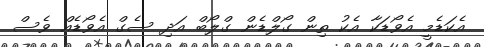
އެކަޑެމީ އެވޯޑަކާ އެކު ތިން ގޯލްޑެން ގްލޯބް އަދި ސެގް އެވޯޑެއް ވެސް